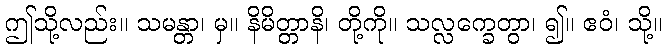
ဤသို့လည်း။ သမန္တာ၊ မှ။ နိမိတ္တာနိ၊ တို့ကို။ သလ္လက္ခေတွာ၊ ၍။ ဧဝံ၊ သို့။